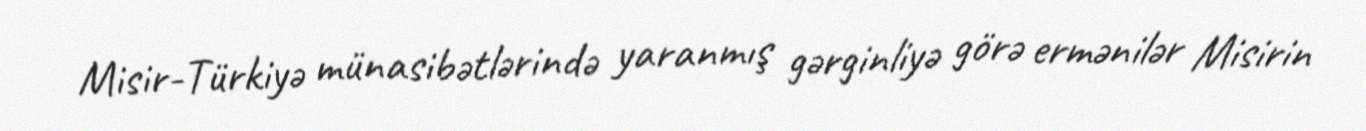
Misir-Türkiyə münasibətlərində yaranmış gərginliyə görə ermənilər Misirin